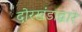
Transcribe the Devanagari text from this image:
दोरखंडाद्वारे